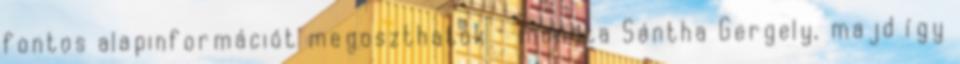
fontos alapinformációt megoszthatok – mondta Sán­tha Gergely, majd így